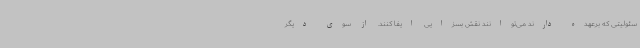
سئولیتی که برعهده دارند می‌توانند نقش بسزایی ایفا کنند. از سوی دیگر